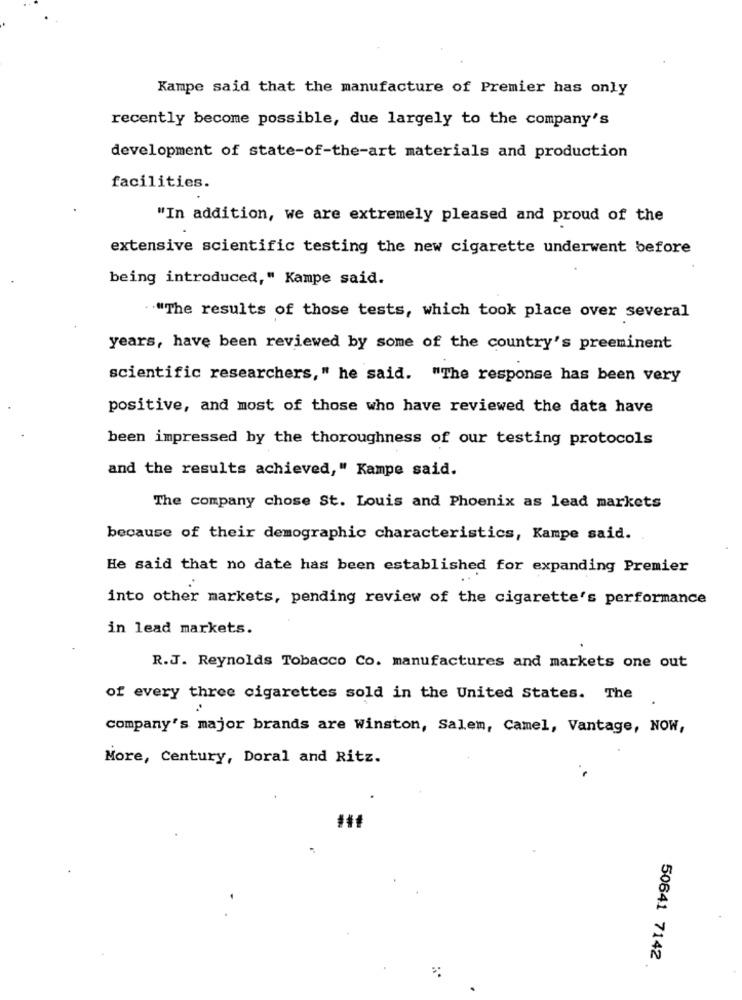
Kampe said that the manufacture of Premier has only
recently become possible, due largely to the company's
development of state-of-the-art materials and production
facilities.
"In addition, we are extremely pleased and proud of the
extensive scientific testing the new cigarette underwent before
being introduced," Kampe said.
"The results of those tests, which took place over several
years, have been reviewed by some of the country's preeminent
scientific researchers," he said. "The response has been very
positive, and most of those who have reviewed the data have
been impressed by the thoroughness of our testing protocols
and the results achieved," Kampe said.
The company chose St. Louis and Phoenix as lead markets
because of their demographic characteristics, Kampe said.
He said that no date has been established for expanding Premier
into other markets, pending review of the cigarette's performance
in lead markets.
R.J. Reynolds Tobacco Co. manufactures and markets one out
of every three cigarettes sold in the United States. The
.
company's major brands are Winston, Salem, Camel, Vantage, NOW,
More, Century, Doral and Ritz.
50641 7142